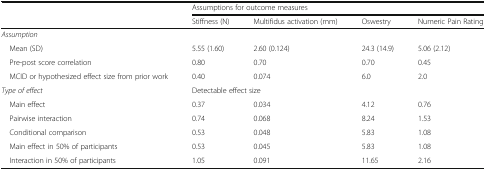
| <ROWSPAN=2>  | <COLSPAN=4> Assumptions for outcome measures |
 | Stiffness (N) | Multifidus activation (mm) | Oswestry | Numeric Pain Rating |
 | --- | --- | --- | --- | --- |
 | <COLSPAN=5> Assumption |
 | Mean (SD) | 5.55 (1.60) | 2.60 (0.124) | 24.3 (14.9) | 5.06 (2.12) |
 | Pre-post score correlation | 0.80 | 0.70 | 0.70 | 0.45 |
 | MCID or hypothesized effect size from prior work | 0.40 | 0.074 | 6.0 | 2.0 |
 | Type of effect | <COLSPAN=4> Detectable effect size |
 | Main effect | 0.37 | 0.034 | 4.12 | 0.76 |
 | Pairwise interaction | 0.74 | 0.068 | 8.24 | 1.53 |
 | Conditional comparison | 0.53 | 0.048 | 5.83 | 1.08 |
 | Main effect in 50% of participants | 0.53 | 0.045 | 5.83 | 1.08 |
 | Interaction in 50% of participants | 1.05 | 0.091 | 11.65 | 2.16 |